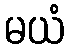
မယံ